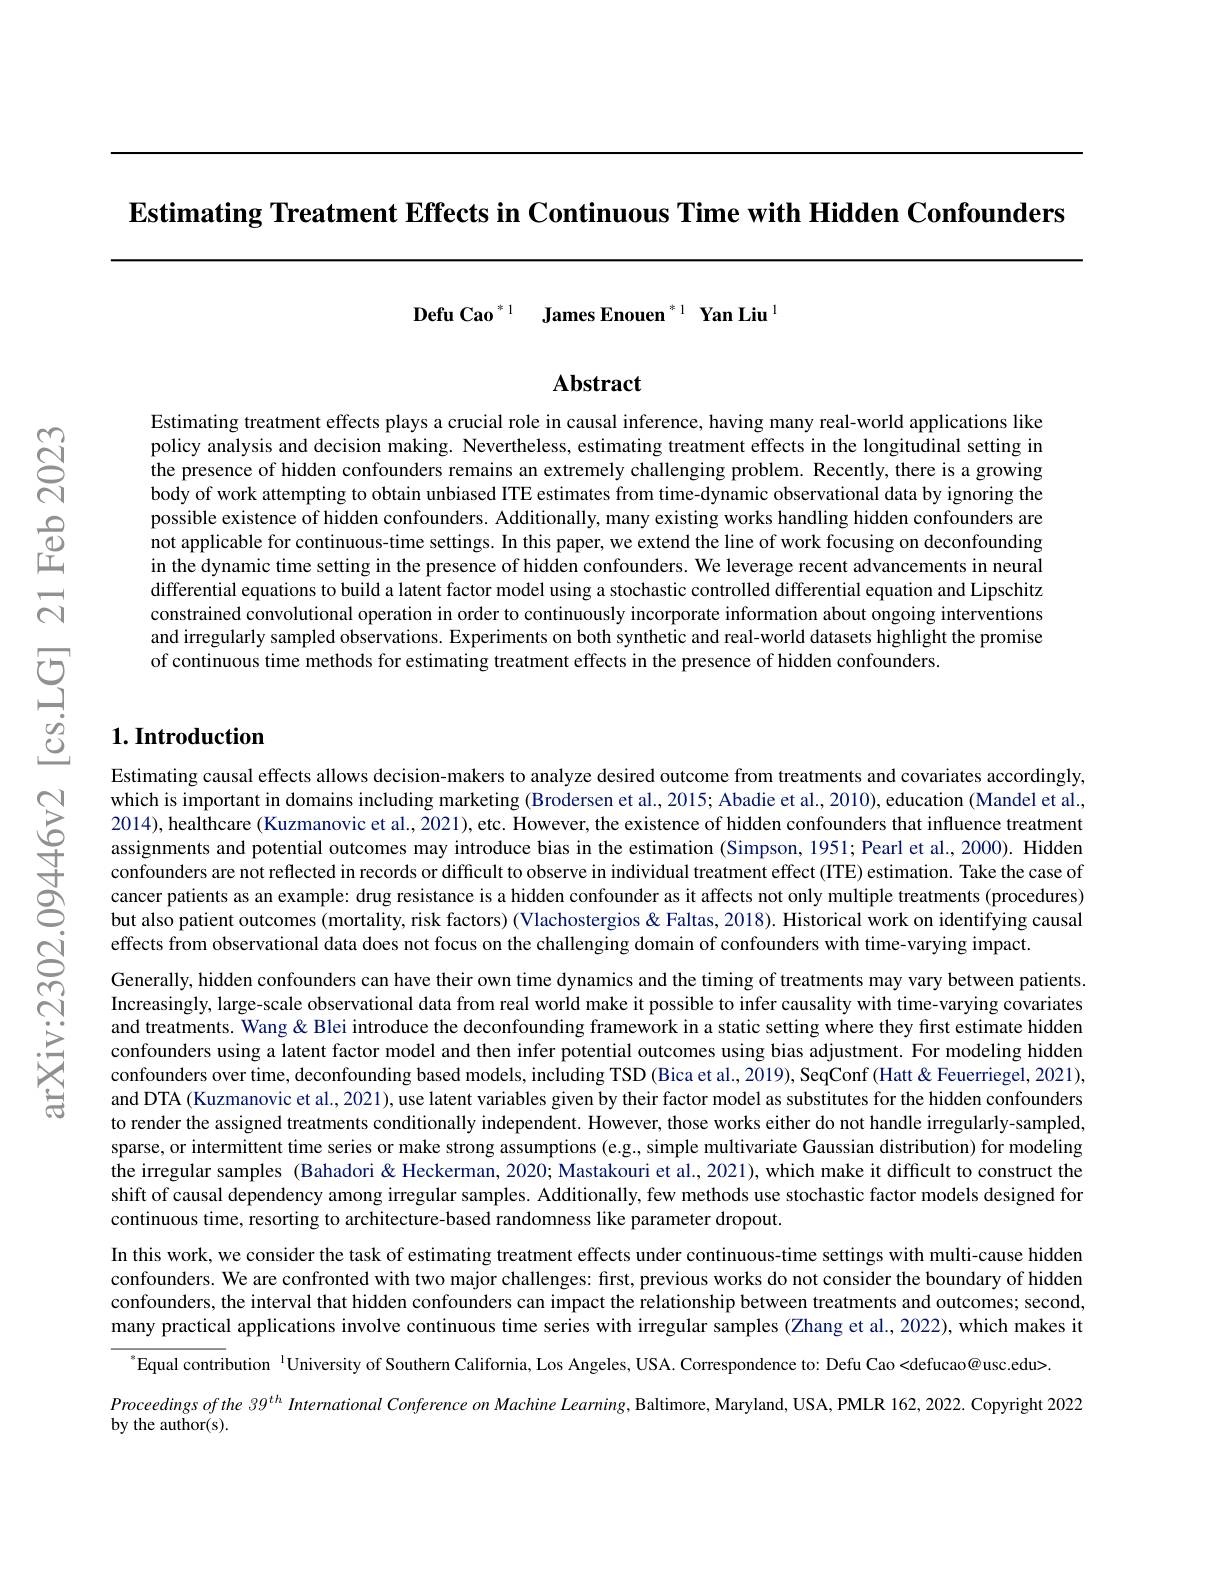
Estimating Treatment Effects in Continuous Time with Hidden Confounders

$\textbf{Defu Cao}^{* 1}$ $\textbf{James Enouen}^{* 1}$ $\textbf{Yan Liu}^{1}$

Abstract

Estimating treatment effects plays a crucial role in causal inference, having many real-world applications like policy analysis and decision making. Nevertheless, estimating treatment effects in the longitudinal setting in the presence of hidden confounders remains an extremely challenging problem. Recently, there is a growing body of work attempting to obtain unbiased ITE estimates from time-dynamic observational data by ignoring the possible existence of hidden confounders. Additionally, many existing works handling hidden confounders are not applicable for continuous-time settings. In this paper, we extend the line of work focusing on deconfounding in the dynamic time setting in the presence of hidden confounders. We leverage recent advancements in neural differential equations to build a latent factor model using a stochastic controlled differential equation and Lipschitz constrained convolutional operation in order to continuously incorporate information about ongoing interventions and irregularly sampled observations. Experiments on both synthetic and real-world datasets highlight the promise of continuous time methods for estimating treatment effects in the presence of hidden confounders.

## $1. \textbf{Introduction}$

Estimating causal effects allows decision-makers to analyze desired outcome from treatments and covariates accordingly, which is important in domains including marketing (Brodersen et al., 2015; Abadie et al., 2010), education ( Mandel et al., 2014), healthcare (Kuzmanovic et al., 2021), etc. However, the existence of hidden confounders that influence treatment assignments and potential outcomes may introduce bias in the estimation (Simpson, 1951; Pearl et al., 2000). Hidden confounders are not reflected in records or difficult to observe in individual treatment effect (ITE) estimation. Take the case of cancer patients as an example: drug resistance is a hidden confounder as it affects not only multiple treatments (procedures) but also patient outcomes (mortality, risk factors) (Vlachostergios & Faltas, 2018). Historical work on identifying causal effects from observational data does not focus on the challenging domain of confounders with time-varying impact.

Generally, hidden confounders can have their own time dynamics and the timing of treatments may vary between patients Increasingly, large-scale observational data from real world make it possible to infer causality with time-varying covariates and treatments. Wang& Blei introduce the deconfounding framework in a static setting where they first estimate hidden confounders using a latent factor model and then infer potential outcomes using bias adjustment. For modeling hidden confounders over time, deconfounding based models, including TSD (Bica et al., 2019), SeqConf (Hatt& Feuerriegel, 2021), and DTA (Kuzmanovic et al., 2021), use latent variables given by their factor model as substitutes for the hidden confounders to render the assigned treatments conditionally independent. However, those works either do not handle irregularly-sampled, sparse, or intermittent time series or make strong assumptions (e.g, simple multivariate Gaussian distribution) for modeling the irregular samples (Bahadori& Heckerman, 2020; Mastakouri et al., 2021), which make it difficult to construct the shift of causal dependency among irregular samples. Additionally, few methods use stochastic factor models designed for continuous time, resorting to architecture-based randomness like parameter dropout.
In this work, we consider the task of estimating treatment effects under continuous-time settings with multi-cause hidden confounders. We are confronted with two major challenges: first, previous works do not consider the boundary of hidden confounders, the interval that hidden confounders can impact the relationship between treatments and outcomes; second, many practical applications involve continuous time series with irregular samples (Zhang et al., 2022), which makes it $^{*}$Equal contribution $^\text{'}$University of Southern California, Los Angeles, USA. Correspondence to: Defu Cao <defucao@ usc.edu>
Proceedingsofthe 39$^th$ International Conference on Machine Learning, Baltimore, Maryland, USA, PMLR 162, 2022. Copyright 2022
by the author(s).